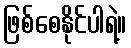
ဖြစ်စေနိုင်ပါရဲ့။